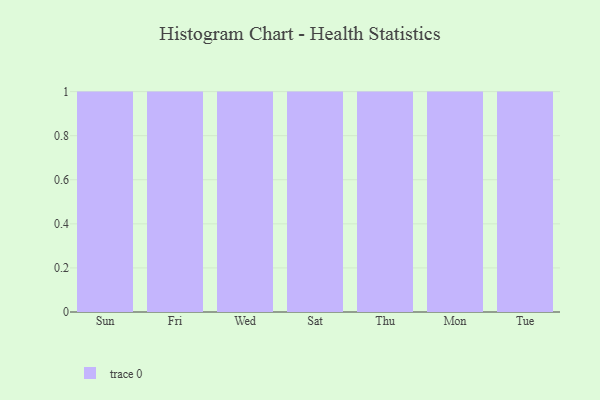
{"axis": {"x": "Day", "y": "Production Output"}, "legend": [""], "data": [{"x": "Sun", "y": 28, "type": ""}, {"x": "Fri", "y": 64, "type": ""}, {"x": "Wed", "y": 91, "type": ""}, {"x": "Sat", "y": 48, "type": ""}, {"x": "Thu", "y": 30, "type": ""}, {"x": "Mon", "y": 2, "type": ""}, {"x": "Tue", "y": 41, "type": ""}]}